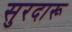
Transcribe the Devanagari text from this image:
सुरदारू